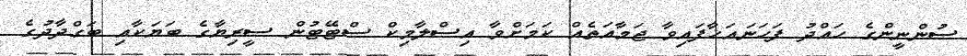
ސުންނީންގެ ހައްދު ފަހަނައަޚާފައިވާ ޖަމާއަތެއް ކަމަށްވާ އިސްލާމިކް ސްޓޭޓުން ސީރިޔާގެ ބަޔަކާއި ބަގްދާދުގެ